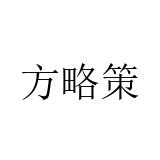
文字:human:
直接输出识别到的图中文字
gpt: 方略策